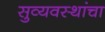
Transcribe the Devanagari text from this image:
सुव्यवस्थांचा